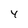
Character: 4